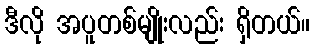
ဒီလို အပူတစ်မျိုးလည်း ရှိတယ်။